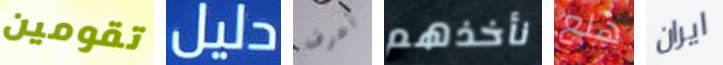
تقومين دليل أعرف نأخذهم هلع ايران